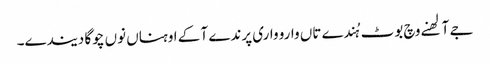
جے آلھنے وچ بوٹ ہُندے تاں وارو واری پرندے آ کے اوہناں نوں چوگا دیندے۔